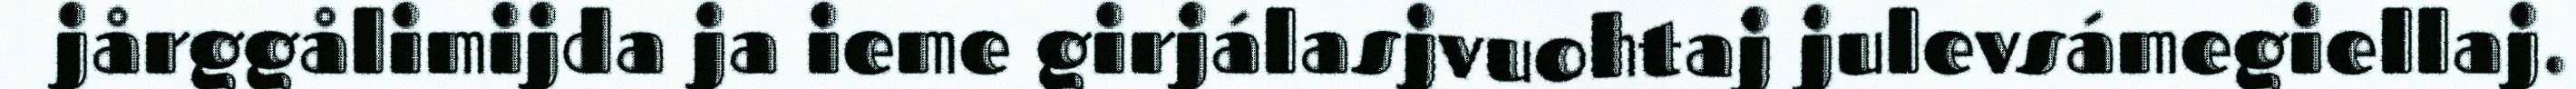
jårggålimijda ja ieme girjálasjvuohtaj julevsámegiellaj.